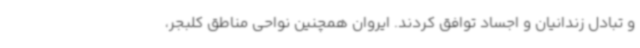
و تبادل زندانیان و اجساد توافق کردند. ایروان همچنین نواحی مناطق کلبجر،